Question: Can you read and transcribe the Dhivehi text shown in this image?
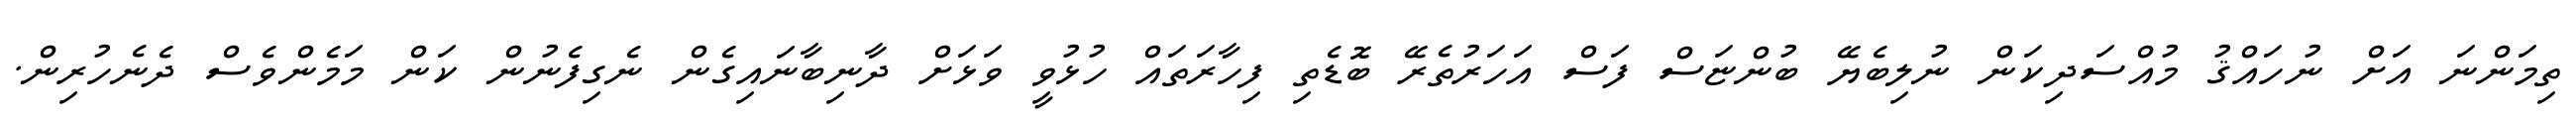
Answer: ތިމަންނަ އަށް ނުހައްޤު މުއްސަދިކަން ނުލިބެޔޭ ބުންޏަސް ފަސް އަހަރުތެރޭ ބޮޑެތި ފިހާރަތައް ހުޅުވީ ވަޅަށް ދާނިބާނައިގެން ނެގިފެނުން ކަން މަމެންވެސް ދެނެހުރިން.